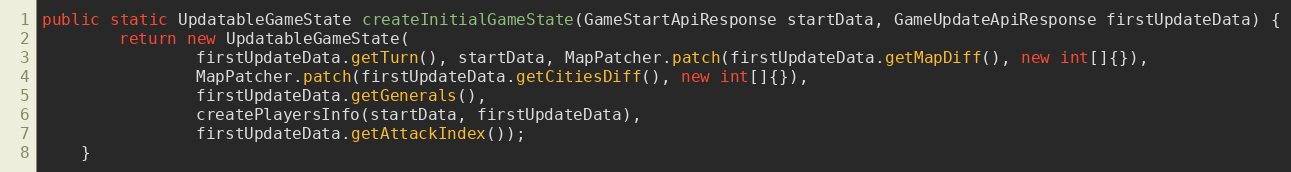
Language: Java
public static UpdatableGameState createInitialGameState(GameStartApiResponse startData, GameUpdateApiResponse firstUpdateData) {
        return new UpdatableGameState(
                firstUpdateData.getTurn(), startData, MapPatcher.patch(firstUpdateData.getMapDiff(), new int[]{}),
                MapPatcher.patch(firstUpdateData.getCitiesDiff(), new int[]{}),
                firstUpdateData.getGenerals(),
                createPlayersInfo(startData, firstUpdateData),
                firstUpdateData.getAttackIndex());
    }